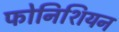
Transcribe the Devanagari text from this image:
फोनिशियन